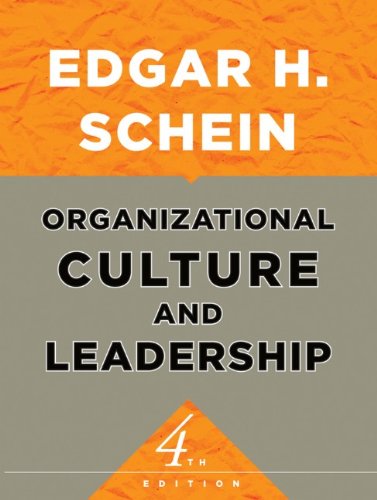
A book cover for Organizational Culture and Leadership; Edgar H. Schein; Business & Money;